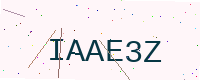
Text: IAAE3Z